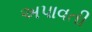
અપાવતી